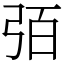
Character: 㢶